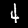
Label: 4